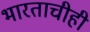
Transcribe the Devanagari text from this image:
भारताचीही